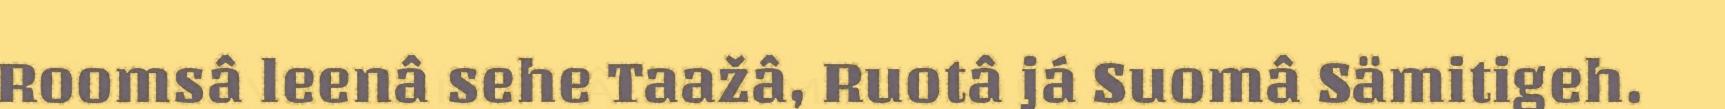
Roomsâ leenâ sehe Taažâ, Ruotâ já Suomâ Sämitigeh.